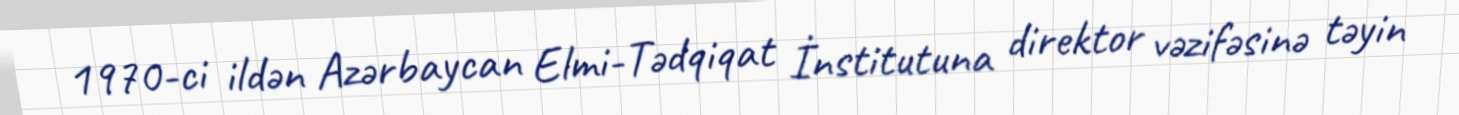
1970-ci ildən Azərbaycan Elmi-Tədqiqat İnstitutuna direktor vəzifəsinə təyin